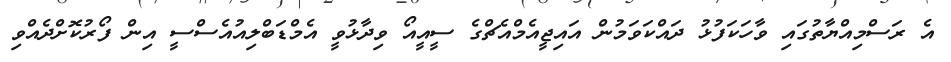
އެ ރަސްމިއްޔާތުގައި ވާހަކަފުޅު ދައްކަވަމުން އައިޖީއެމްއެޗްގެ ސީއީއޯ ވިދާޅުވީ އެމްޑަބްލިއުއެސްސީ އިން ފޯރުކޮށްދެއްވި